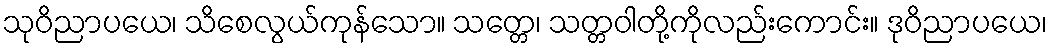
သုဝိညာပယေ၊ သိစေလွယ်ကုန်သော။ သတ္တေ၊ သတ္တဝါတို့ကိုလည်းကောင်း။ ဒုဝိညာပယေ၊